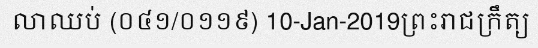
លាឈប់ (០៤១/០១១៩) 10-Jan-2019ព្រះរាជក្រឹត្យ